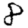
Digit: 8